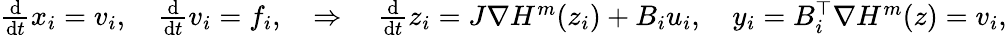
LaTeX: \begin{array}{r}{\frac{\mathrm d}{\mathrm dt}x_{i}=v_{i},\quad\frac{\mathrm d}{\mathrm dt}v_{i}=f_{i},\quad\Rightarrow\quad\frac{\mathrm d}{\mathrm dt}z_{i}=J\nabla H^{m}(z_{i})+B_{i}u_{i},\quad y_{i}=B_{i}^{\top}\nabla H^{m}(z)=v_{i},}\end{array}